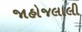
જાહોજલાલી